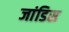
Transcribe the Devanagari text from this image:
जांडिस